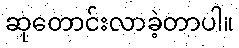
ဆုတောင်းလာခဲ့တာပါ။